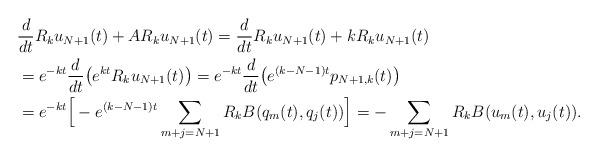
LaTeX: \begin{align*}&\frac{d}{dt}R_ku_{N+1}(t) + AR_ku_{N+1}(t)=\frac{d}{dt}R_ku_{N+1}(t) + kR_ku_{N+1}(t) \\&=e^{-kt} \frac{d}{dt} \big(e^{kt}R_ku_{N+1}(t)\big)=e^{-kt} \frac{d}{dt}\big(e^{(k-N-1)t}p_{N+1,k}(t)\big)\\&=e^{-kt}\Big[ -e^{(k-N-1)t}\sum_{m+j=N+1} R_kB(q_m(t),q_j(t))\Big] =-\sum_{m+j=N+1} R_kB(u_m(t),u_j(t)) .\end{align*}